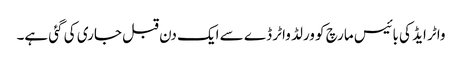
واٹر ایڈ کی بائیس مارچ کو ورلڈ واٹر ڈے سے ایک دن قبل جاری کی گئی ہے۔